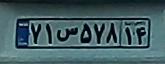
۷۱س۵۷۸۱۴